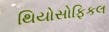
થિયોસોફિકલ